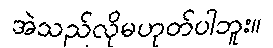
အဲသည်လိုမဟုတ်ပါဘူး။